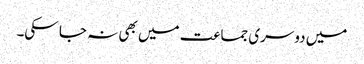
میں دوسری جماعت میں بھی نہ جا سکی۔